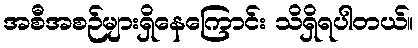
အစီအစဉ်များရှိနေကြောင်း သိရှိရပါတယ်။